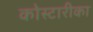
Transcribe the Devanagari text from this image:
कोस्टारीका